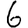
Digit: 6